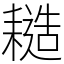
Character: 䎭